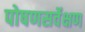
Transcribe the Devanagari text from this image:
पोषणसर्वेक्षण